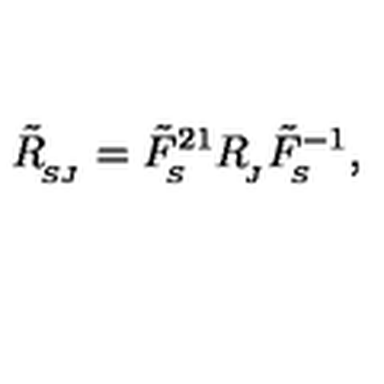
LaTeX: \tilde { R } _ { _ { \! S J } } ^ { } = \tilde { F } _ { _ { \! S } } ^ { 2 1 } R _ { _ { \! J } } ^ { } \tilde { F } _ { _ { \! S } } ^ { - 1 } ,